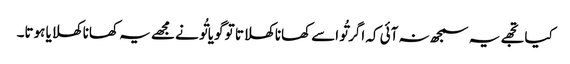
کیا تجھے یہ سمجھ نہ آئی کہ اگر تُو اسے کھانا کھلاتا تو گویا تُو نے مجھے یہ کھانا کھلایا ہوتا۔